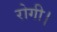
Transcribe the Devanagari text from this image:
रोगी।